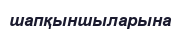
шапқыншыларына